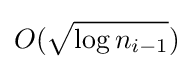
O({\sqrt {\log n_{i-1}}})